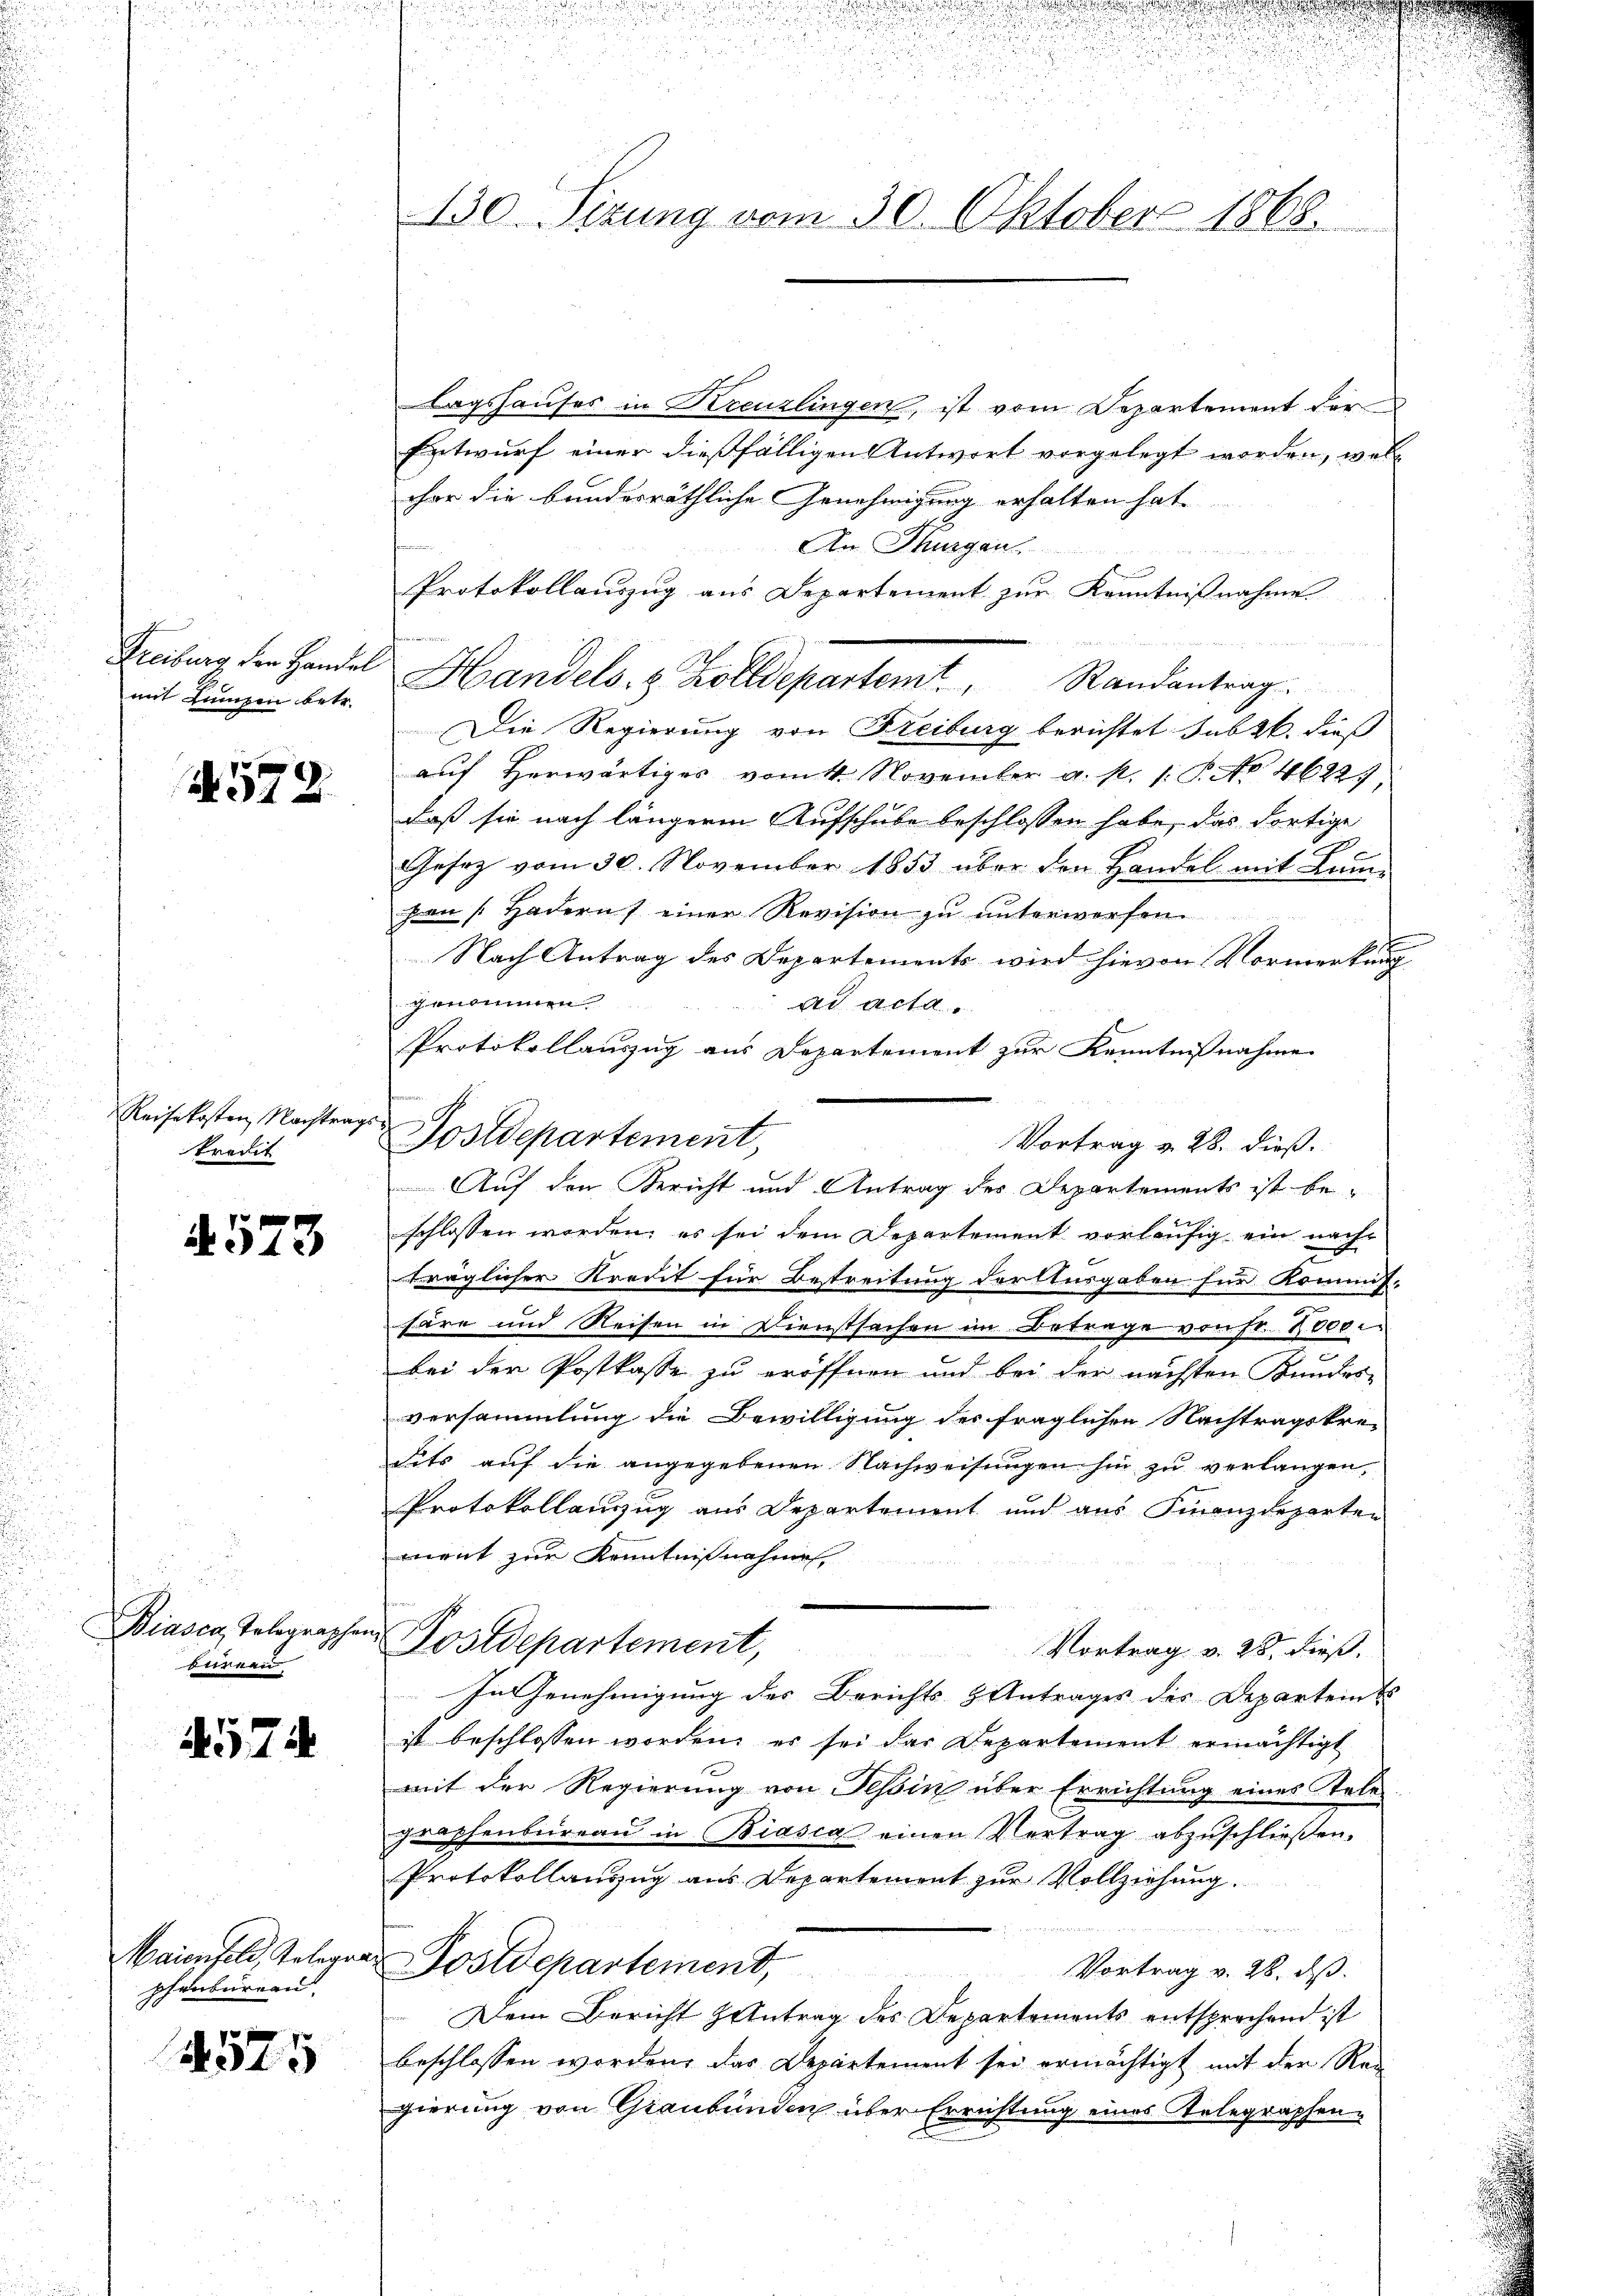
mit Lumpen betr.

A 572.

Reisekosten Nachtragskredit

573

Biasca, Tolographen
burern

4574

Maienfeld, Telegra
phenbureau.

575

Lagshauses in Kreuzlingen, ist vom Departement der
Entwurf einer dießfälligen Antwort vorgelegt worden, welhar die bundesräthliche Genehmigung erhalten hat.
An Thurgau
B
Protokollauszug aus Departement zur Kenntnißnahme
Gruberg der Handel Handels. z. Zolldepartemt. Randantrag.
Die Regierung von Freiburg berichtet sub 26. dieß
auf Herwärtiges vom 4. November a. p. 1. P. No 4622.
daß sie nach längere Aufschube beschlossen habe, das dortige
c
Gesetz vom 30. November 1853 über den Handel mit Lumpan (Hadern einer Revision zŭ ŭnterworfen
Nach Antrag des Departements wird hievon Vormerkung
genommen.
Ad Acta.
Protokollauszug aus Departement zur Kenntnißnahme
Vortrag v. 28. dieß.
Auf den Bericht und Antrag des Departements ist be-
schlossen worden; es sei dem Departement vorläufig ein nachträglicher Kredit für Bestreitung der Ausgaben für Kommis-
häre und Reisen in Dienstsachen im Betrage von Fr. Docci
bei der Postkasse zu eröffnen und bei der nächsten Kundes-
versammlung die Bewilligung des fraglichen Nachtragskre-
sits auf die angegebenen Nachweisungen hin zu verlangen,
Protokollauszug aus Departement und aus Finanzdeparten
aient zur Kenntnißnahme,
u Postdepartement,
Vortrag v. 28. dieß.
In Genehmigung des Berichts- & Antrages des Departents
ist beschlossen worden, es sei der Departement ermächtigt
mit der Regierung von Tessin über Errichtung eines Tele
graphenbüreaŭ in Biasca einen Vertrag abzuschließen.
Protokollanzug aus Departement zur Vollziehung.
n
Postdepartement,
Vortrag v. 28. ds.
Dem Bericht Antrag des Departements entsprechend ist
beschlossen worden, das Departement sei ermächtigt mit der Regierung von Graubünden über Errichtung eines Telegraphen-

130. Sitzung vom 30. Oktober 1868.

Postdepartement,